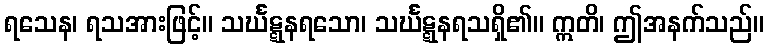
ရသေန၊ ရသအားဖြင့်။ သင်္ဃဋ္ဋနရသော၊ သင်္ဃဋ္ဋနရသရှိ၏။ ဣတိ၊ ဤအနက်သည်။